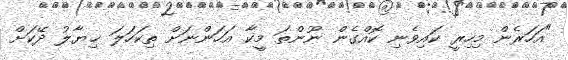
"އަހަރެން މިހިރީ ކައިވެނި ކޮއްގެން ނޫންތަ މީކާ އަހަންނަށް ތިކަހަލަ ޚިޔާލު ދޭކަށް